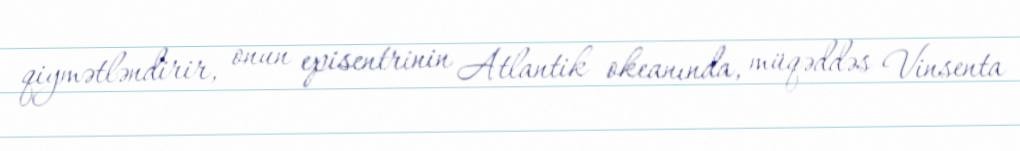
qiymətləndirir, onun episentrinin Atlantik okeanında, müqəddəs Vinsenta